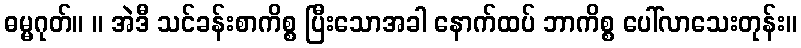
ဓမ္မဂုတ်။ ။ အဲဒီ သင်ခန်းစာကိစ္စ ပြီးသောအခါ နောက်ထပ် ဘာကိစ္စ ပေါ်လာသေးတုန်း။